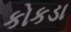
કોકડા